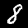
Label: 8